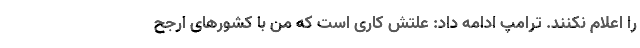
را اعلام نکنند. ترامپ ادامه داد: علتش کاری است که من با کشورهای ارجح